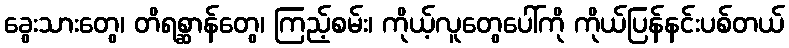
ခွေးသားတွေ၊ တိရစ္ဆာန်တွေ၊ ကြည့်စမ်း၊ ကိုယ့်လူတွေပေါ်ကို ကိုယ်ပြန်နင်းပစ်တယ်